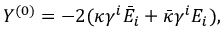
Y ^ { ( 0 ) } = - 2 ( \kappa \gamma ^ { i } \bar { E } _ { i } + \bar { \kappa } \gamma ^ { i } E _ { i } ) ,